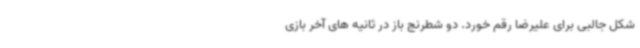
شکل جالبی برای علیرضا رقم خورد. دو شطرنج باز در ثانیه های آخر بازی